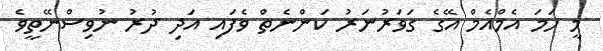
މީ ހަމަ އެމްއެމް އޭގެ ގަވަރުނަރު ކަންނެތް ވެފައި އަދި ދުރު ނުވިސްނޭތީވެ